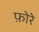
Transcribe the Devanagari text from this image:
फ़ोरे